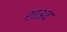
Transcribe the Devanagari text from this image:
शाअद